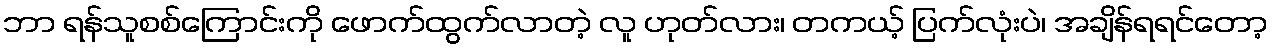
ဘာ ရန်သူစစ်ကြောင်းကို ဖောက်ထွက်လာတဲ့ လူ ဟုတ်လား၊ တကယ့် ပြက်လုံးပဲ၊ အချိန်ရရင်တော့